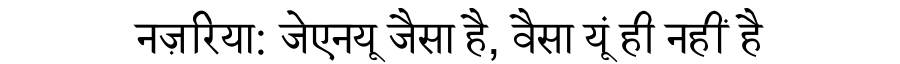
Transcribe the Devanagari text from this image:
नज़रिया: जेएनयू जैसा है, वैसा यूं ही नहीं है